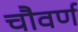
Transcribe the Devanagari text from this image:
चौवर्ण